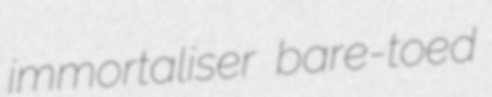
immortaliser bare-toed